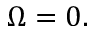
\Omega = 0 .